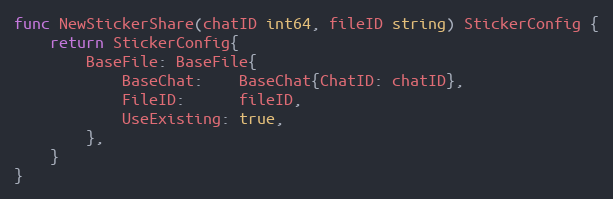
Language: Go
func NewStickerShare(chatID int64, fileID string) StickerConfig {
	return StickerConfig{
		BaseFile: BaseFile{
			BaseChat:    BaseChat{ChatID: chatID},
			FileID:      fileID,
			UseExisting: true,
		},
	}
}